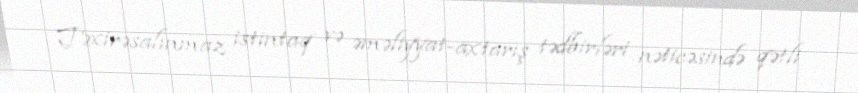
Təxirəsalınmaz istintaq və əməliyyat-axtarış tədbirləri nəticəsində qətli